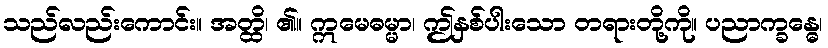
သည်လည်းကောင်း။ အတ္ထိ၊ ၏။ ဣမေဓမ္မာ၊ ဤနှစ်ပါးသော တရားတို့ကို။ ပညာက္ခန္ဓေ၊